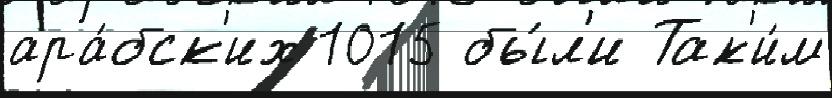
ара́бск'их 1015 бы́л'и Так'и́м